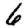
Digit: 6